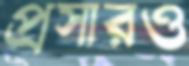
প্রসারও